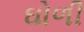
ઘોળી